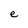
Character: e